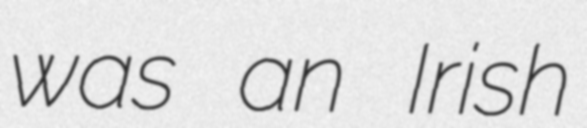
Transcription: was an Irish